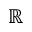
\mathbb { R }